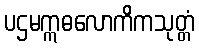
ပဌမဣဓလောကိကသုတ္တံ